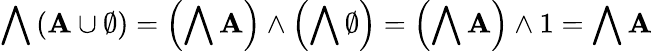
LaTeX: \bigwedge\left(\mathbf{A}\cup\emptyset\right)=\left(\bigwedge\mathbf{A}\right)\wedge\left(\bigwedge\emptyset\right)=\left(\bigwedge\mathbf{A}\right)\wedge1=\bigwedge\mathbf{A}